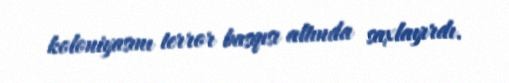
koloniyasını terror basqısı altında saxlayırdı.